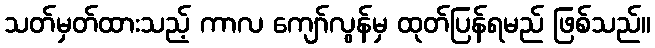
သတ်မှတ်ထားသည့် ကာလ ကျော်လွန်မှ ထုတ်ပြန်ရမည် ဖြစ်သည်။